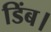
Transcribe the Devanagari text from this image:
डिंब।